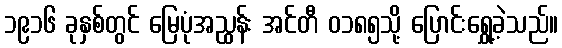
၁၉၁၆ ခုနှစ်တွင် မြေပုံအညွှန်း အင်တီ ၀၁၈၅သို့ ပြောင်းရွှေ့ခဲ့သည်။